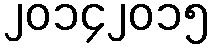
၂၀၁၄၂၀၁၅